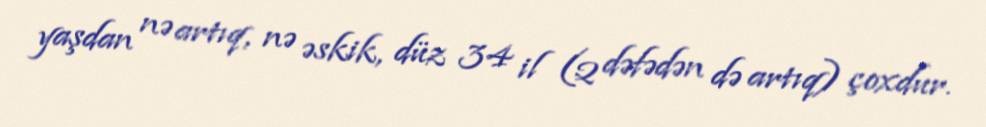
yaşdan nə artıq, nə əskik, düz 34 il (2 dəfədən də artıq) çoxdur.